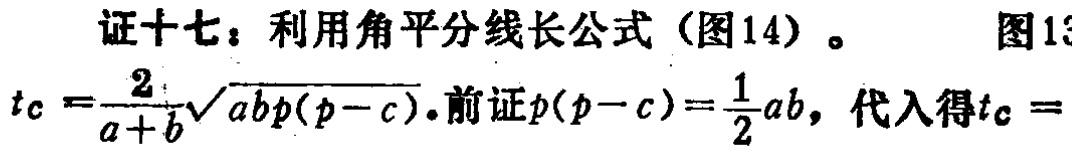
证十七：利用角平分线长公式（图14）。 图13

\(t_{c}=\frac{2}{a + b}\sqrt{abp(p - c)}\).前证\(p(p - c)=\frac{1}{2}ab\)，代入得\(t_{c}=\)